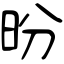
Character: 昐